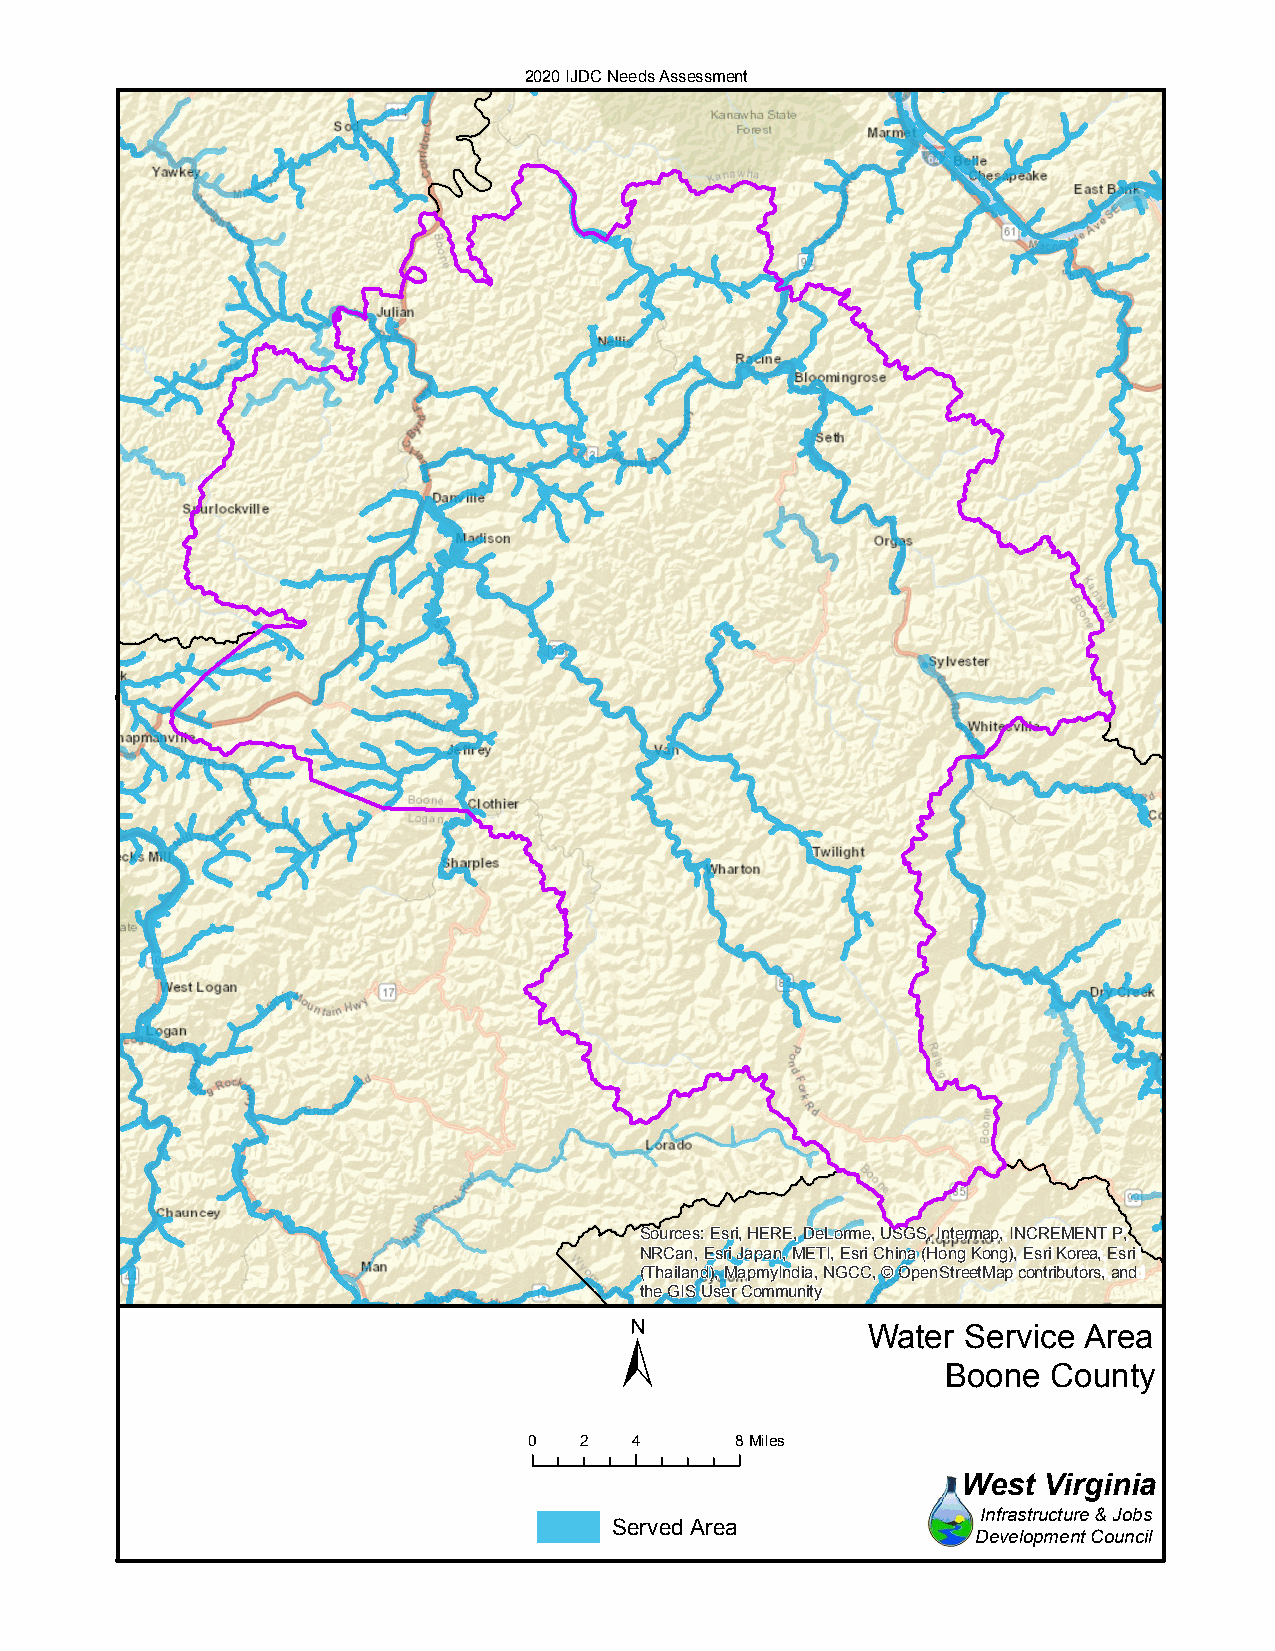
2020 IJDC Needs Assessment
 Sources: Esri, HERE, DeLorme, USGS, Intermap, INCREMENT P,
 NRCan, Esri Japan, METI, Esri China (Hong Kong), Esri Korea, Esri
 (Thailand), MapmyIndia, NGCC, © OpenStreetMap contributors, and
 the GIS User Community
 ±
 Water  Service Area
 Boone  County
 0  2   4      8Miles
 West Virginia
 Infrastructure & Jobs
 Served Area
 Development Council